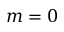
m = 0